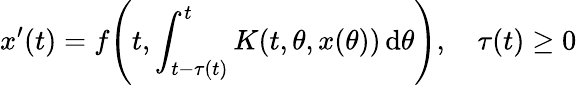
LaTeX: x^{\prime}(t)=f{\Biggl(}t,\int_{t-\tau(t)}^{t}K(t,\theta,x(\theta))\, \mathrm{d}\theta{\Biggr)},\quad\tau(t)\geq 0